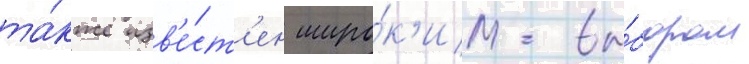
та́кже изв'е́ст'ен широ́к'им вы́бором